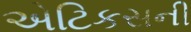
એટિકસની